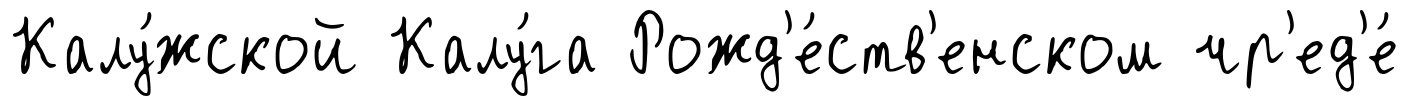
Калу́жской Калу́га Рожд'е́ств'енском чр'ед'е́